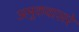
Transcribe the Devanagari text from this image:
अमुकवासरे